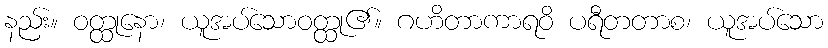
နည်း။ ဝတ္ထုနော၊ ယူအပ်သောဝတ္ထု၏။ ဂဟိတာကာရဝိ ပရီတတာစ၊ ယူအပ်သော